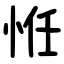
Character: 㤛